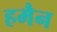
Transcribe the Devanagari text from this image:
हमैन